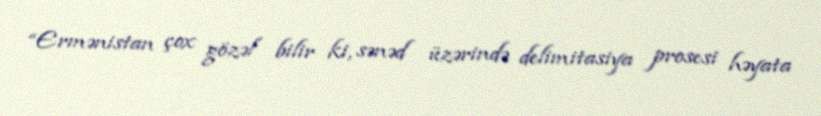
“Ermənistan çox gözəl bilir ki, sənəd üzərində delimitasiya prosesi həyata